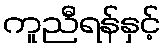
ကူညီရန်နှင့်